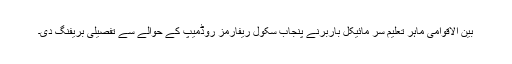
بین الاقوامی ماہر تعلیم سر مائیکل باربرنے پنجاب سکول ریفارمز روڈمیپ کے حوالے سے تفصیلی بریفنگ دی۔